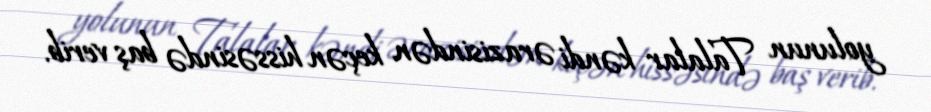
yolunun Talalar kəndi ərazisindən keçən hissəsində baş verib.